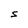
Character: S